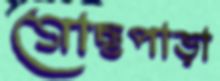
গোছপাড়া